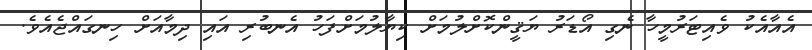
އެއާއެކު ވެއިޓަރުމީހާ ނެގި އޯޑަރު ޔަޤީންކޮށްލުމަށް ކިޔާލުމަށްފަހު އެނބުރި އައި ދިމާއަށް ހިނގައްޖެއެވެ.